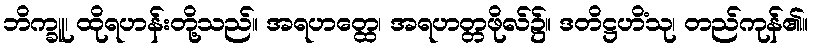
ဘိက္ခူ၊ ထိုရဟန်းတို့သည်။ အရဟတ္ထေ၊ အရဟတ္တဖိုလ်၌။ ဒတိဋ္ဌဟိံသု၊ တည်ကုန်၏။